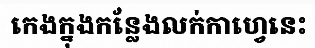
កេងក្នុងកន្លែងលក់កាហ្វេនេះ